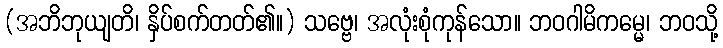
(အဘိဘုယျတိ၊ နှိပ်စက်တတ်၏။) သဗ္ဗေ၊ အလုံးစုံကုန်သော။ ဘဝဂါမိကမ္မေ၊ ဘဝသို့